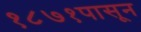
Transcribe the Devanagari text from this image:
१८७१पासून